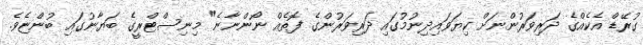
ގުރޭޑް އެކެއްގެ ދަރިވަރުންނަށް ކިޔަވައިދިނުމުގައި ދަރިވަރުންގެ ފޮތެއް ނޯންނާނެ" މިނިސްޓްރީގެ ބަޔާނުގައި ބުންޏެވެ.